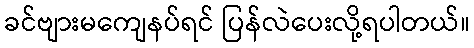
ခင်ဗျားမကျေနပ်ရင် ပြန်လဲပေးလို့ရပါတယ်။